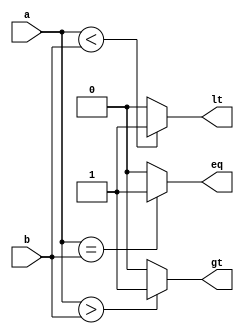
// comparator - comparator.v
//
// Description:
// Compares two input values.
//
// Created by John Woolsey on 08/26/2019.
// Copyright  2019 Woolsey Workshop.  All rights reserved.


module comparator #(
   parameter WIDTH = 8      // data width
   ) (
   input [WIDTH-1:0] a, b,  // values to compare
   output            lt,    // high when a < b
   output            eq,    // high when a = b
   output            gt     // high when a > b
   );

   assign lt = (a < b) ? 1'b1 : 1'b0;
   assign eq = (a == b) ? 1'b1 : 1'b0;
   assign gt = (a > b) ? 1'b1 : 1'b0;

endmodule  // comparator